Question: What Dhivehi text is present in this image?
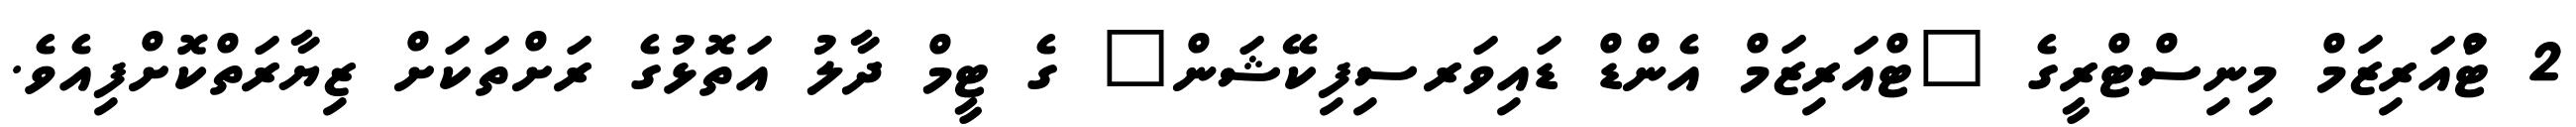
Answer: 2 ޓްުއަރިޒަމް މިނިސްޓްރީގެ "ޓްއަރިޒަމް އެންޑް ޑައިވަރސިފިކޭޝަން" ގެ ޓީމް ދާލު އަތޮޅުގެ ރަށްތަކަށް ޒިޔާރަތްކޮށްފިއެވެ.